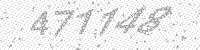
Solution: 471148